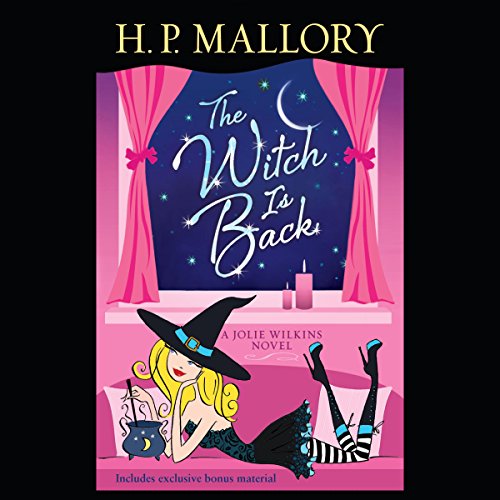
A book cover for The Witch Is Back: A Jolie Wilkins Novel, Book 4; H. P. Mallory; Romance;